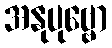
အနုပုဗ္ဗော